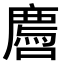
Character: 𫬅